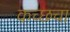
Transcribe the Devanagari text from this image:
कच्छचा